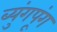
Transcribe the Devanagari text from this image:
ब्युंगपूंग